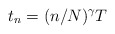
\begin{align*}t_n=(n/N)^\gamma T\quad\end{align*}